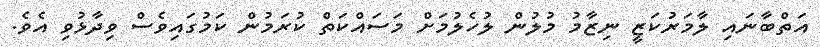
އަތްބާނައި ލާމަރުކަޒީ ނިޒާމު މުލުން ލުހެލުމަށް މަސައްކަތް ކުރަމުން ކަމުގައިވެސް ވިދާޅުވި އެވެ.